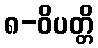
၈-ဝိပတ္တိ